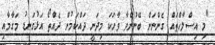
"މި އިސްލާހްތައް ގެންނަން ބޭނުންވާ ވާހަކަ މިދަނީ ދައްކަމުން ދެއްތޯ އަޅުގަނޑު މަގާމާއި